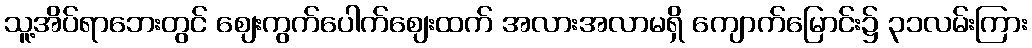
သူ့အိပ်ရာဘေးတွင် ဈေးကွက်ပေါက်ဈေးထက် အလားအလာမရှိ ကျောက်မြောင်း၌ ၃၁လမ်းကြား